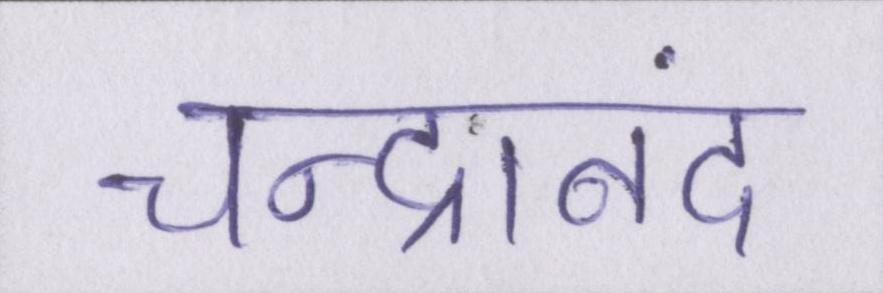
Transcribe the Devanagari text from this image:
चन्द्रानंद